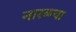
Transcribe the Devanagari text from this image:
नारळचा